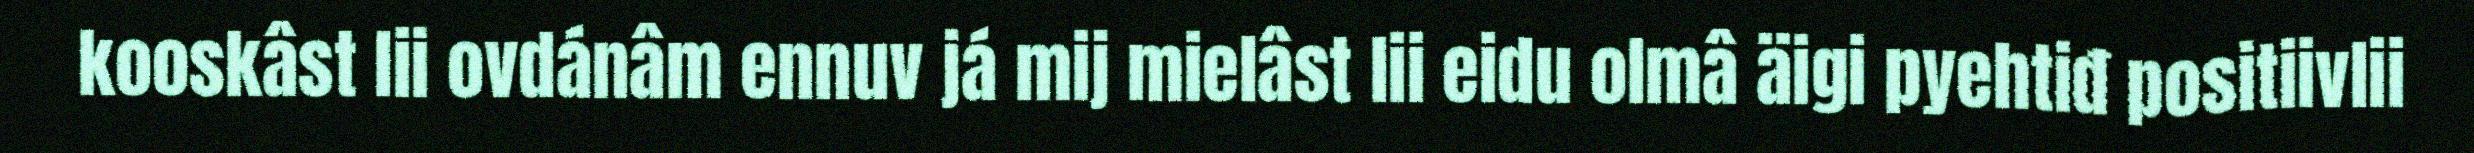
kooskâst lii ovdánâm ennuv já mij mielâst lii eidu olmâ äigi pyehtiđ positiivlii